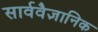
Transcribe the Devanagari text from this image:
सार्ववैज्ञानिक